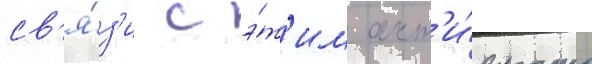
св'я́з'и с э́т'им акт'и́вность